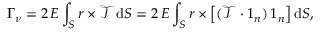
\boldsymbol { \Gamma } _ { \nu } = 2 \, E \int _ { S } \boldsymbol { r } \times \boldsymbol { \mathcal { T } } \, \mathrm { d } S = 2 \, E \int _ { S } \boldsymbol { r } \times \left[ ( \boldsymbol { \mathcal { T } } \boldsymbol { \cdot } \boldsymbol { 1 } _ { n } ) \, \boldsymbol { 1 } _ { n } \right] \mathrm { d } S ,